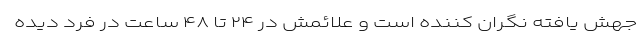
جهش‌ یافته نگران‌ کننده است و علائمش در ۲۴ تا ۴۸ ساعت در فرد دیده